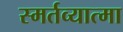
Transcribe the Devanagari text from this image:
स्मर्तव्यात्मा